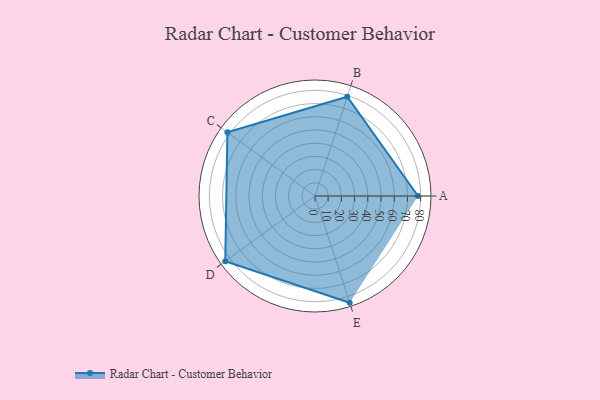
{"axis": {"x": "Skill", "y": "Score"}, "legend": ["Profile"], "data": [{"x": "A", "y": 78.0, "type": "Profile"}, {"x": "B", "y": 79.0, "type": "Profile"}, {"x": "C", "y": 82.0, "type": "Profile"}, {"x": "D", "y": 84.0, "type": "Profile"}, {"x": "E", "y": 85.0, "type": "Profile"}]}